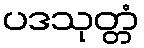
ပဒသုတ္တံ